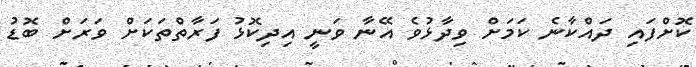
ކޮށްފައި ދައްކާނެ ކަމަށް ވިދާޅުވެ އޭނާ ވަނީ އިދިކޮޅު ފަރާތްތަކަށް ވަރަށް ބޮޑު